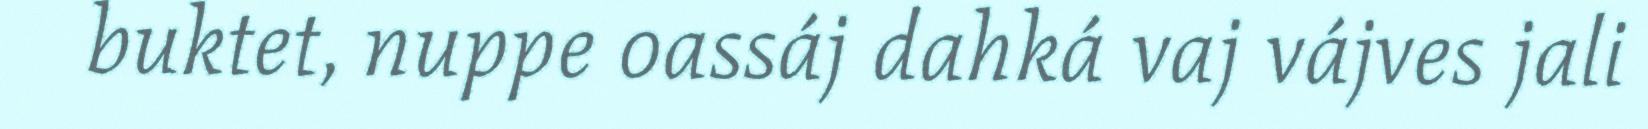
buktet, nuppe oassáj dahká vaj vájves jali